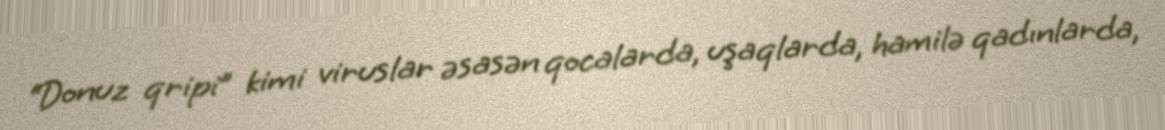
“Donuz qripi” kimi viruslar əsasən qocalarda, uşaqlarda, hamilə qadınlarda,